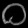
Digit: ၀